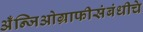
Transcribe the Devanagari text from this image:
अँन्जिओग्राफीसंबंधीचे